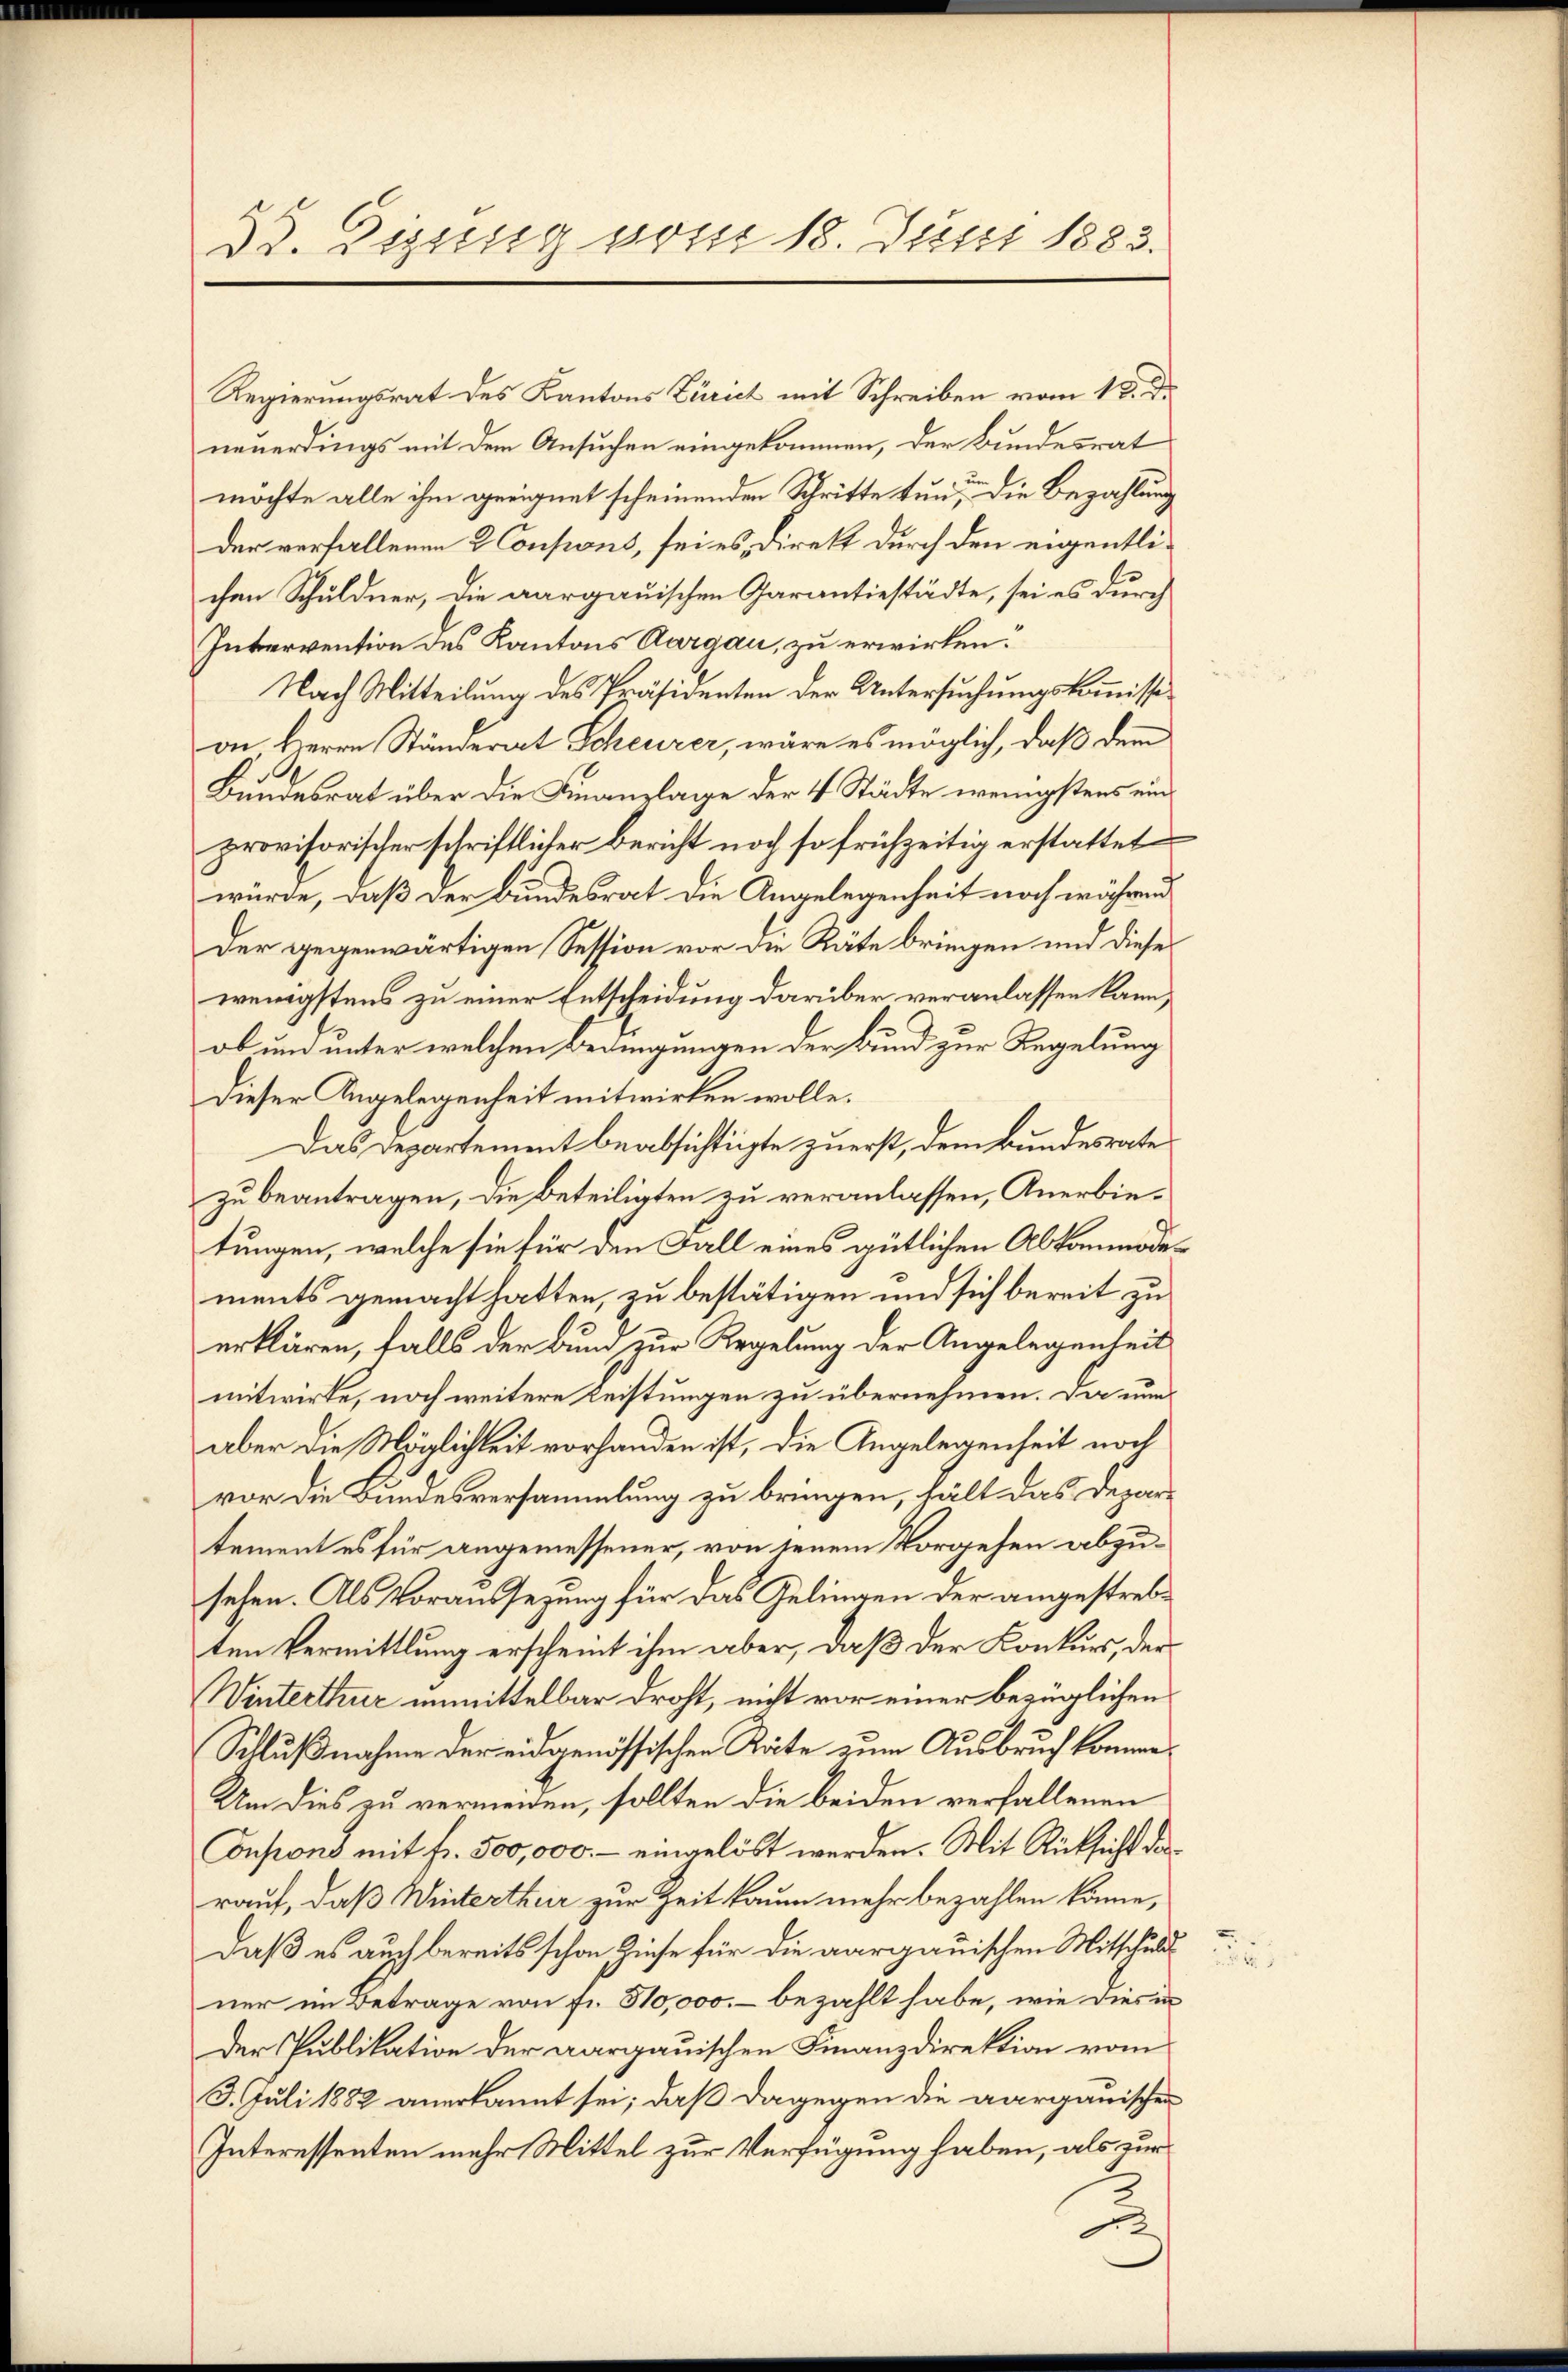
Dr. Eigung vom 18. Juni 1883.

Regierungsrat des Kantons Zürich mit Schreiben vom 18. d.
neuerdings mit dem Ansuchen eingekommen, der Bundesrat
möchte alle ihm geeignet scheinenden Schritte tun, die Bezahlung
der verfallenen 2 Consions, sei es, Direkt durch den eigentlichen Schuldner, die aargauischen Garantiestädte, sei es durch
Intervention des Kantons Aargau, zu erwirken.
Nach Mitteilung des Präsidenten der Untersuchungskommission Herrn Ständerat Scheurer, wäre es möglich, daß dem
Bundesrat über die Finanzlage der 4 Städte wenigstens einprovisorischer schriftlicher Bericht noch so frühzeitig erstattet
würde, daß der Bundesrat die Angelegenheit noch währen
Der gegenwärtigen Session vor die Räte bringen und dieses
wenigstens zu einer Entscheidung darüber veranlassen kann,
ob und unter welchen Bedingungen der Bund zur Regelung
Dieser Angelegenheit mitwirken wolle.
Das Departement beabsichtigte zuerst, dem Bundesrate
zu beantragen, die beteiligten zu veranlassen, Anerbietungen, welche sie für den Fall eines gütlichen Abkommodements gemacht hatten, zu bestätigen und sich bereit zu
erklären, falls der Bund zur Regelung der Angelegenheit
mitwirke, noch weitere Leistungen zu übernehmen. Da nunaber die Möglichkeit vorhanden ist, die Angelegenheit noch
vor die Bundesversammlung zu bringen, hält das Departement es für angemessener, von jenem Vorgehen abzusehen. Als Voraussezung für das Gelingen der angestrebten Vermittlung erscheint ihm aber, daß der Konkurs, der
Winterthur unmittelbar droht, nicht vor einer bezüglichen
Schlußnahme der eidgenössischen Räte zum Ausbruch komme¬
Um dies zu vermeiden, sollten die beiden verfallenen
onpons mit fr. 500,000.- eingelöst werden. Mit Rücksicht darauf, daß Winterthur zur Zeit kaum mehr bezahlen könne,
daß es auch bereits schon Zinse für die aargauischen Mitschuld
ner im Betrage von fr. 310,000.- bezahlt habe, wie dies in
Der Publikation der aargauischen Finanzdirektion vom
3. Juli 1882 anerkannt sei; daß dagegen die aargauischen
Interessenten mehr Mittel zur Verfügung haben, als zur
0